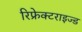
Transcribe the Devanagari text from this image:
रिफ्रेक्टराइज्ड